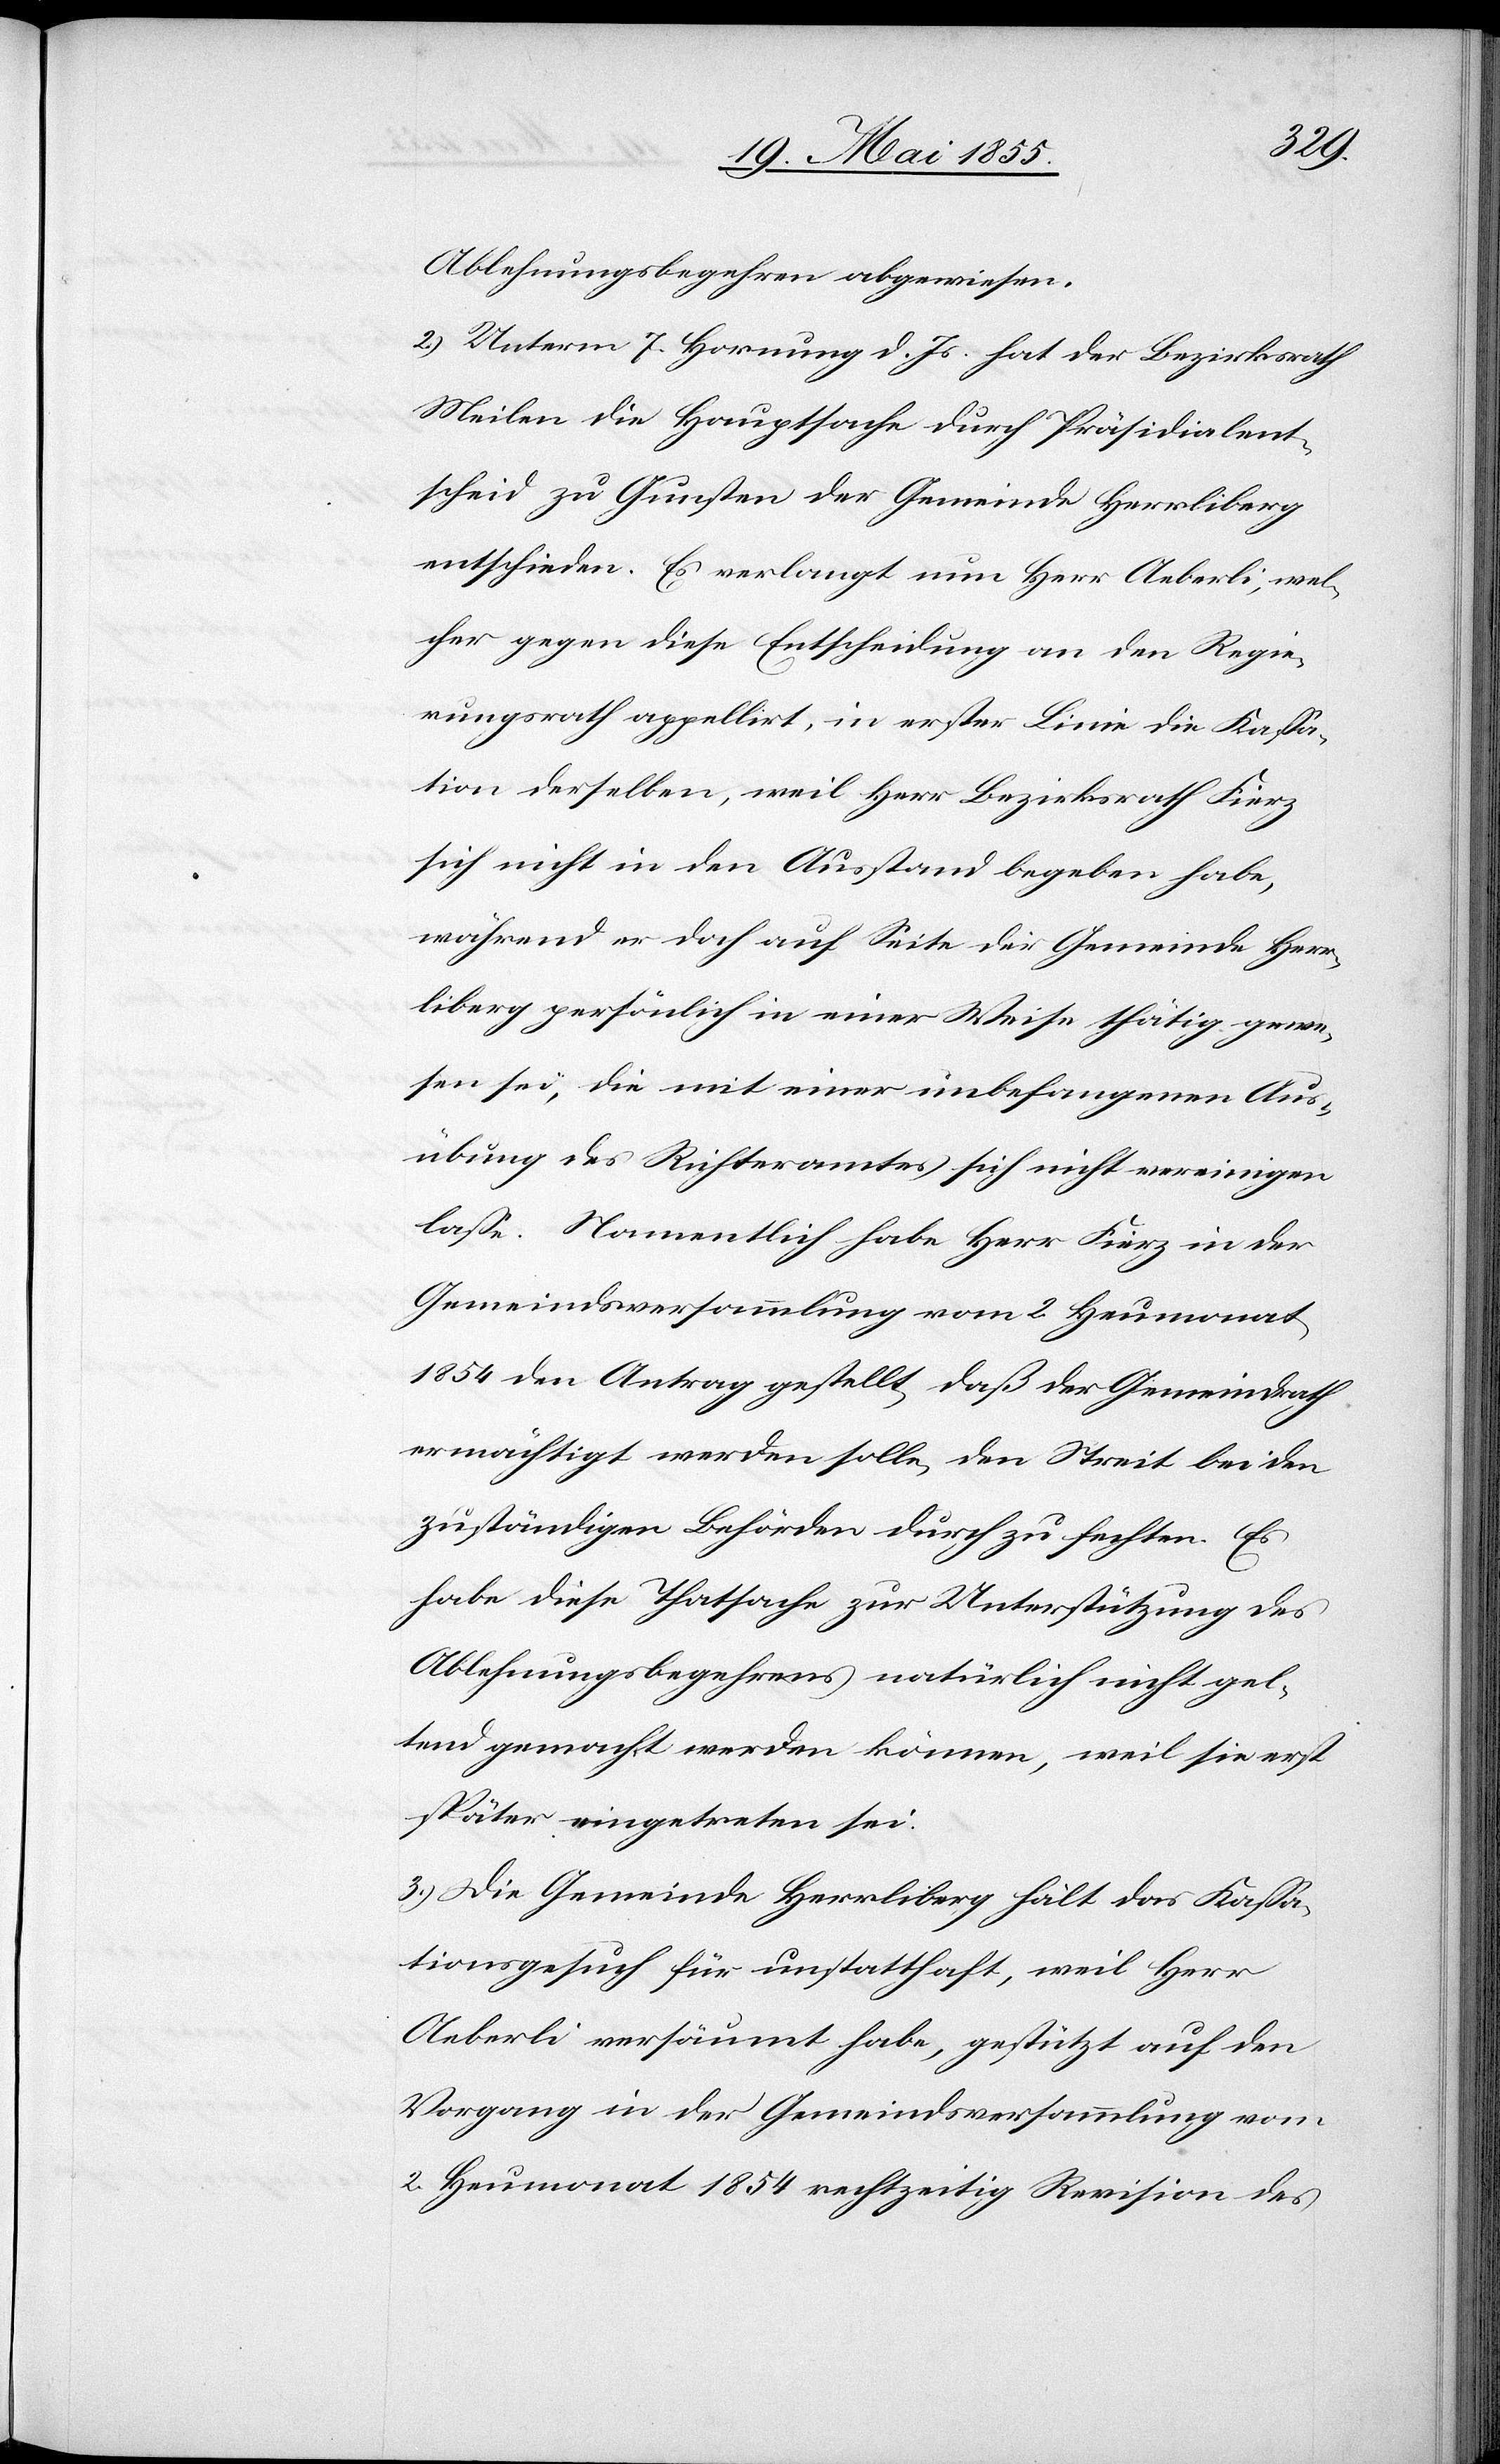
Ablehnungsbegehren abgewiesen.
2.) Unterm 7. Hornung d. Js. hat der Bezirksrath
Meilen die Hauptsache durch Präsidialent¬
scheid zu Gunsten der Gemeinde Herrliberg
entschieden. Es verlangt nun Herr Aeberli, wel¬
cher gegen diese Entscheidung an den Regie¬
rungsrath appellirt, in erster Linie die Kassa¬
tion derselben, weil Herr Bezirksrath Fierz
sich nicht in den Ausstand begeben habe,
während er doch auf Seite der Gemeinde Herr¬
liberg persönlich in einer Weise thätig gewe¬
sen sei, die mit einer unbefangenen Aus¬
übung des Richteramtes sich nicht vereinigen
lasse. Namentlich habe Herr Fierz in der
Gemeindsversammlung vom 2. Heumonat
1854 den Antrag gestellt, daß der Gemeindrath
ermächtigt werden solle, den Streit bei den
zuständigen Behörden durch zu fechten. Es
habe diese Thatsache zur Unterstützung des
Ablehnungsbegehrens natürlich nicht gel¬
tend gemacht werden können, weil sie erst
später eingetreten sei.
3.) Die Gemeinde Herrliberg hält das Kassa¬
tionsgesuch für unstatthaft, weil Herr
Aeberli versäumt habe, gestützt auf den
Vorgang in der Gemeindsversammlung vom
2. Heumonat 1854 rechtzeitig Revision des